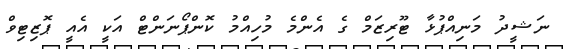
ނަޝީދު މަނިއްޕުޅާ ޓޫރިޒަމް ގެ އެންމެ މުހިއްމު ކޮންޕޯނަންޓް އަކީ އެއީ ޕޮޒިޓިވް